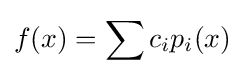
f(x)=\sum c_{i}p_{i}(x)